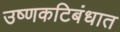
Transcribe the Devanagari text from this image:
उष्णकटिबंधात